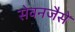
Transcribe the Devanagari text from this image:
सेवनजैसे